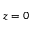
z = 0